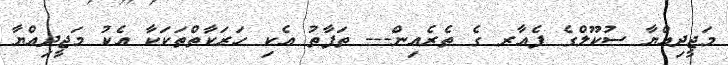
މަޖީދިއްޔާ ސުކޫލްގެ ފެއާރ ގެ ތެރެއިން--- ތަފާތު އެކި ހަރަކާތްތަކަކާ އެކު މަޖީދިއްޔާ